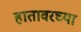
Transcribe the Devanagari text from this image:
हातावरच्या